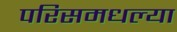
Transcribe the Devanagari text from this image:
परिसमधल्या